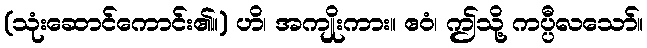
(သုံးဆောင်ကောင်း၏။) ဟိ၊ အကျိုးကား။ ဧဝံ၊ ဤသို့ ကပ္ပီလသော်။